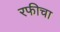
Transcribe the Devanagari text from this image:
रफीचा